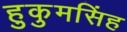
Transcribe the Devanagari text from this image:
हुकुमसिंह